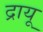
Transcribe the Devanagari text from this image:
द्रायू